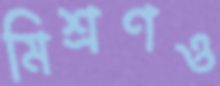
মিশ্রণও